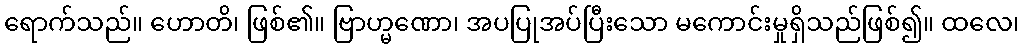
ရောက်သည်။ ဟောတိ၊ ဖြစ်၏။ ဗြာဟ္မဏော၊ အပပြုအပ်ပြီးသော မကောင်းမှုရှိသည်ဖြစ်၍။ ထလေ၊